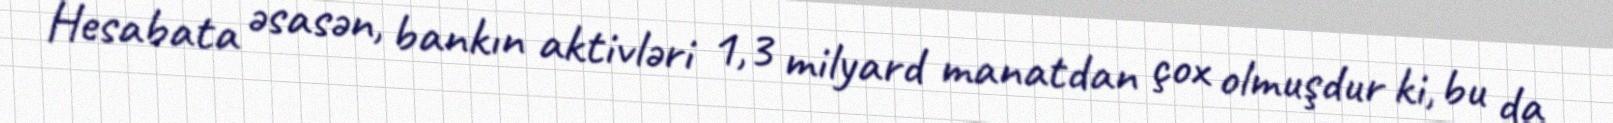
Hesabata əsasən, bankın aktivləri 1,3 milyard manatdan çox olmuşdur ki, bu da